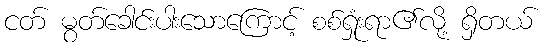
ငတ် မွတ်ခေါင်းပါးသောကြောင့် စစ်ရှုံးရာ၏လို့ ရှိတယ်